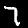
Label: 7